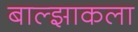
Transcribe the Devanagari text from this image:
बाल्झाकला